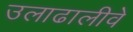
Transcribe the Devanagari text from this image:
उलाढालीवे